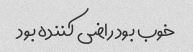
خوب بود راضی کننده بود